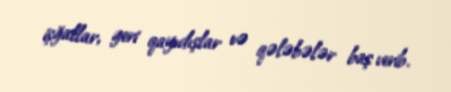
işğallar, geri qayıdışlar və qələbələr baş verib.